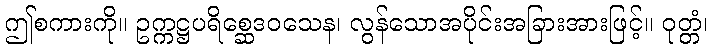
ဤစကားကို။ ဥက္ကဋ္ဌပရိစ္ဆေဒဝသေန၊ လွန်သောအပိုင်းအခြားအားဖြင့်။ ဝုတ္တံ၊